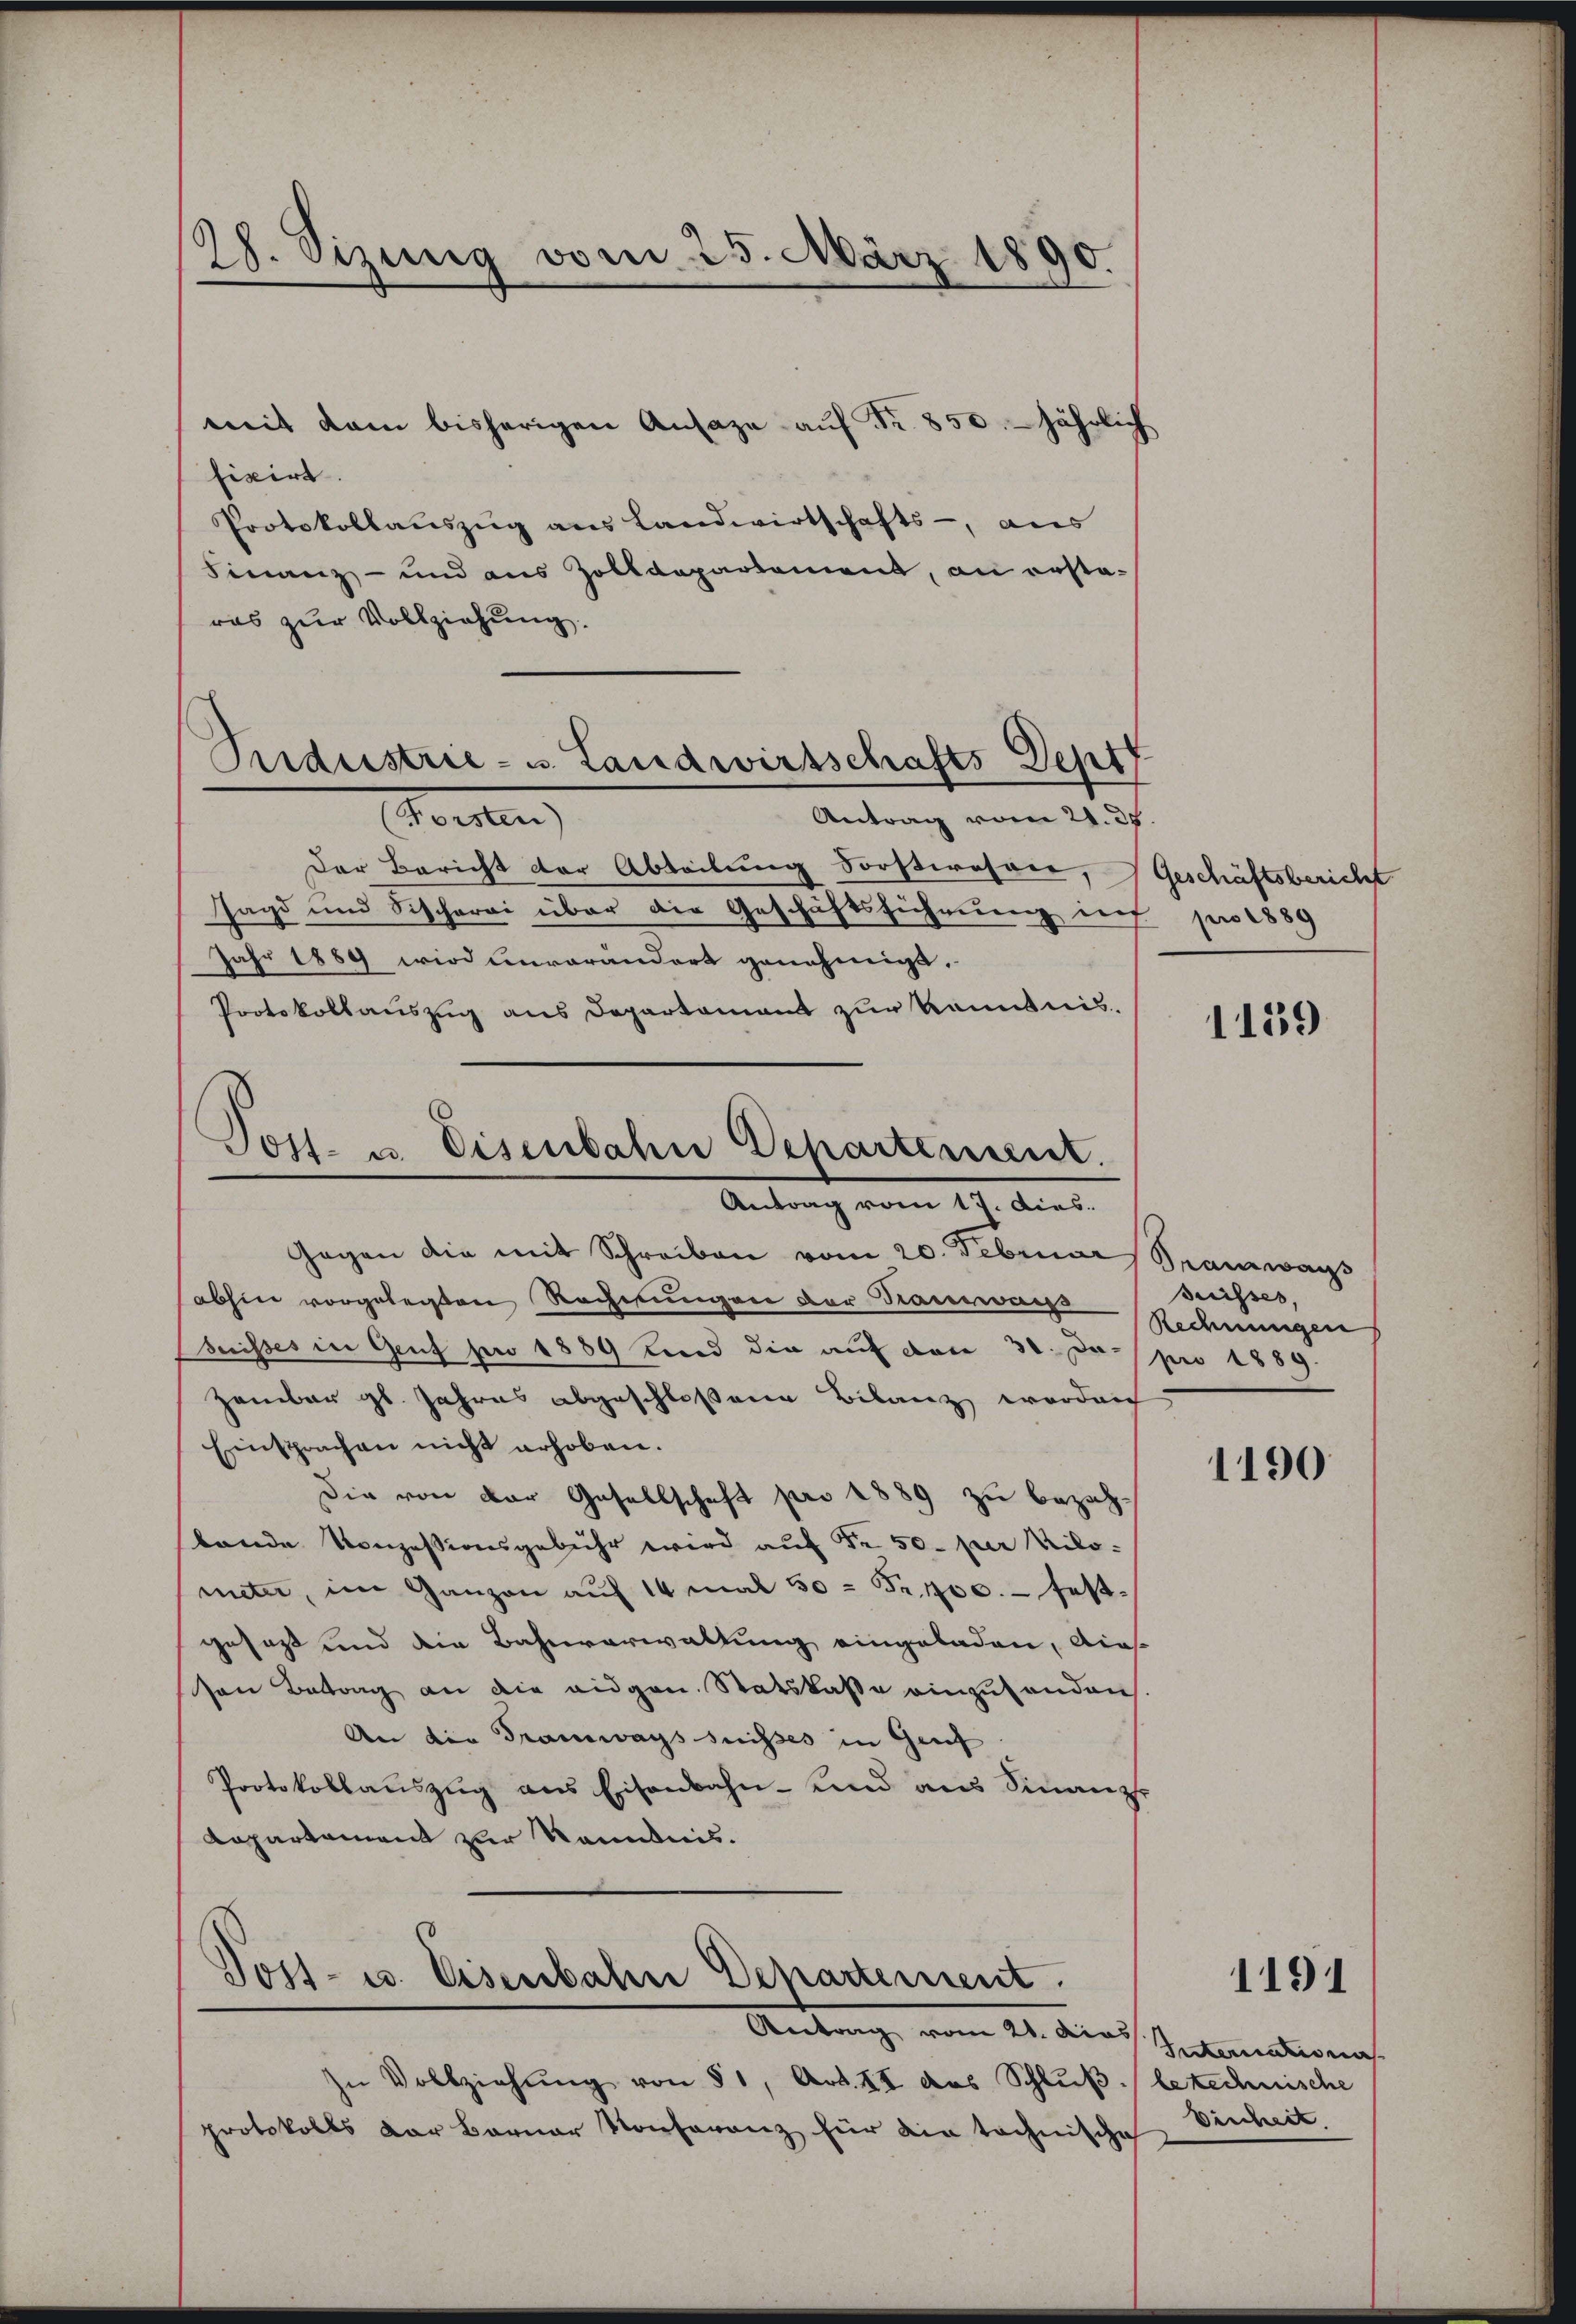
28. Sizung vom 25. März 1890.

weit dem bisherigen Ansage auf Fr. 850. jährlich
fixirt.
Protokollaŭszŭg ans Landwirtschafts-, aus
Finanz- und aus Zolldepartement, an erstaras zur Vollziehung.

Pndustrie- u. Landwirtschafts Sept
oesten
Antrag vom 29. 38.

Antrag vom 17. Dies

Post- u. Eisenbahn Departement.
Antrag vom 21. dies

Der Bericht der Abteilung dorstwesen, Geschäftsbericht
Jagd und Sischerei über die Geschäftsführung ins pro 1889
Jahr 1889 wird unvorandert genehmigt.
Protokollauszug aus Departement zur Kenntnis.
Voll- u Eisenbahn Departement.

Gegen die mit Schreiben vom 20. Februar  Sramways
abhin vorgelegten Rechnungen der Taurwais
Suisses in Genf pro 1889 kind die auf den 30. Ja. pro 1889.
Zambar gl. Jahres abgeschlossene Bilanz worden
Einsprachen nicht erhoben.
Die von der Gesellschaft pro 1889 zu bezahbande Konzessionsgebühr wird aŭf Fr. 50 per Milometer, im Ganzen auf 14 mal 50 = Fr. 400. festgefaßt und die Bahnverwaltung eingeladen, dies
sen Betrag an die eidgen. Statskasse einzusenden
An der Tramwags suisses in Genf
Protokollauszug aus Eisenbahn- und aus Sinanze
Lapartament zur Kenntnis.

Zu Vollziehung von § 1, Art. II des Schluß, betechnische
protokolls der Barner Konferenz für die technische

1139

Suisses,
Rechnungen

1190

Internationa
bischeit.

1191